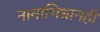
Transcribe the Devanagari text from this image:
नामाभिधानही